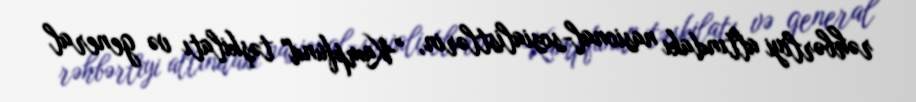
rəhbərliyi altındakı nasional-sosialistlərin, "Kampfund" təşkilatı və general